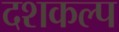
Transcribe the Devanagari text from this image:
दशकल्प